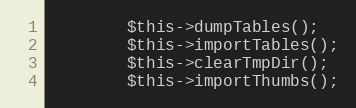
Language: PHP
        $this->dumpTables();
        $this->importTables();
        $this->clearTmpDir();
        $this->importThumbs();